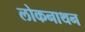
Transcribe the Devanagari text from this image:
लोकनाथन